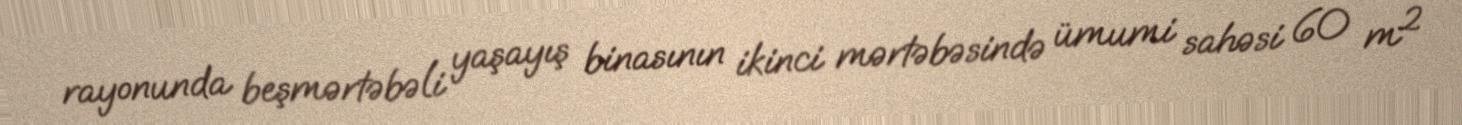
rayonunda beşmərtəbəli yaşayış binasının ikinci mərtəbəsində ümumi sahəsi 60 m²